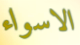
الاسواء